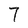
Character: 7